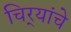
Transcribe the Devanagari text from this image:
चिर्‍यांचे